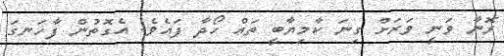
ރޮނާ ވަނީ ވަރަށް ގިނަ ކާމިޔާބީ ތައް ހޯދާ ފައެވެ. އެގޮތުން ފާހަނގަ